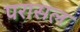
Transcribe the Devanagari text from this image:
परासल